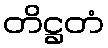
တိဋ္ဌတံ